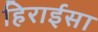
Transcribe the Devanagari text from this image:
हिराईसा